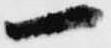
一